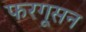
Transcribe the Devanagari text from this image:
फरगूसन